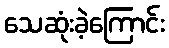
သေဆုံးခဲ့ကြောင်း